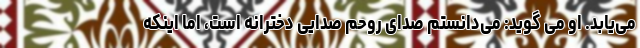
می‌یابد. او می گوید: می‌دانستم صدای روحم صدایی دخترانه است، اما اینکه